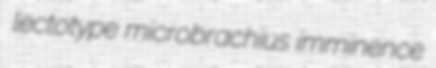
lectotype microbrachius imminence